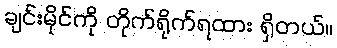
ချင်းမိုင်ကို တိုက်ရိုက်ရထား ရှိတယ်။